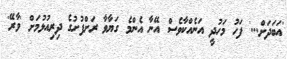
'އަބަދަށް...' ފަހު މަހުދީ އަނެއްކާވެސް އޭނާ އެންމެ ގަޔާވާ ރަށްފުށުގެ ދިރިއުޅުމަށް 'ވާރޭ'